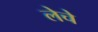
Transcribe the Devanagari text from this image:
लेचे